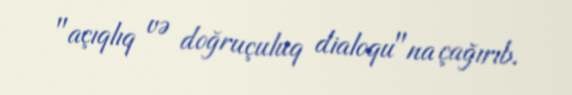
"açıqlıq və doğruçuluq dialoqu"na çağırıb.